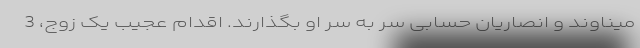
میناوند و انصاریان حسابی سر به سر او بگذارند. اقدام عجیب یک زوج، 3